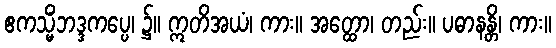
ဧကသ္မိံဘဒ္ဒကပ္ပေ၊ ၌။ ဣတိအယံ၊ ကား။ အတ္ထော၊ တည်း။ ပဓာနန္တိ၊ ကား။